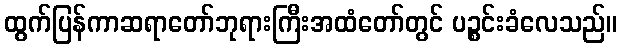
ထွက်ပြန်ကာဆရာတော်ဘုရားကြီးအထံတော်တွင် ပဉ္စင်းခံလေသည်။